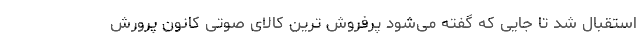
استقبال شد تا جایی که گفته می‌شود پرفروش ترین کالای صوتی کانون پرورش